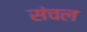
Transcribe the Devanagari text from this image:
संचल